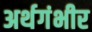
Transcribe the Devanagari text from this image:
अर्थगंभीर